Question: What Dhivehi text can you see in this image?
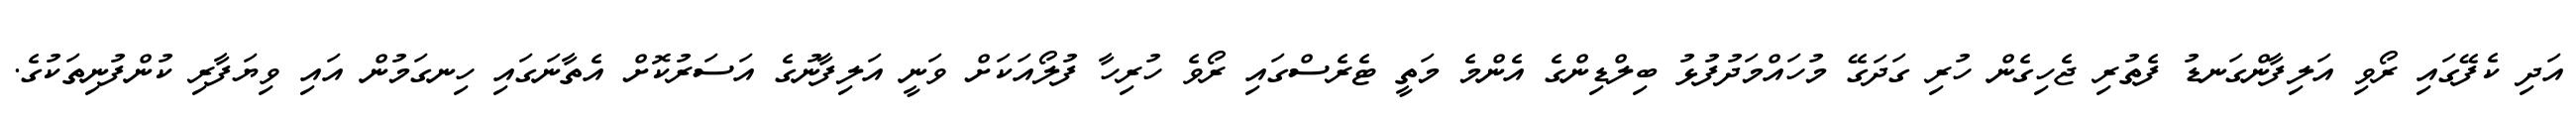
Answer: އަދި ކެފޭގައި ރޯވި އަލިފާންގަނޑު ފެތުރި ޖެހިގެން ހުރި ގަދަގޭ މުހައްމަދުފުޅު ބިލްޑިންގެ އެންމެ މަތީ ޓެރެސްގައި ރޯވެ ހުރިހާ ފުލޯއަކަށް ވަނީ އަލިފާނުގެ އަސަރުކޮށް އެތާނަގައި ހިނގަމުން އައި ވިޔަފާރި ކުންފުނިތަކުގެ.